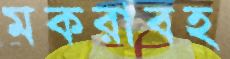
মকরাবহ